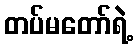
တပ်မတော်ရဲ့